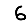
Digit: 6